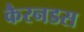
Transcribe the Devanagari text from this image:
कैरनडस